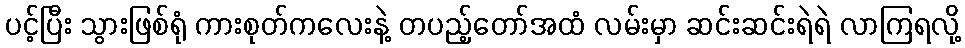
ပင့်ပြီး သွားဖြစ်ရုံ ကားစုတ်ကလေးနဲ့ တပည့်တော်အထံ လမ်းမှာ ဆင်းဆင်းရဲရဲ လာကြရလို့